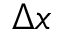
\Delta x